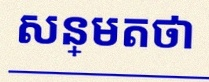
សន្មតថា